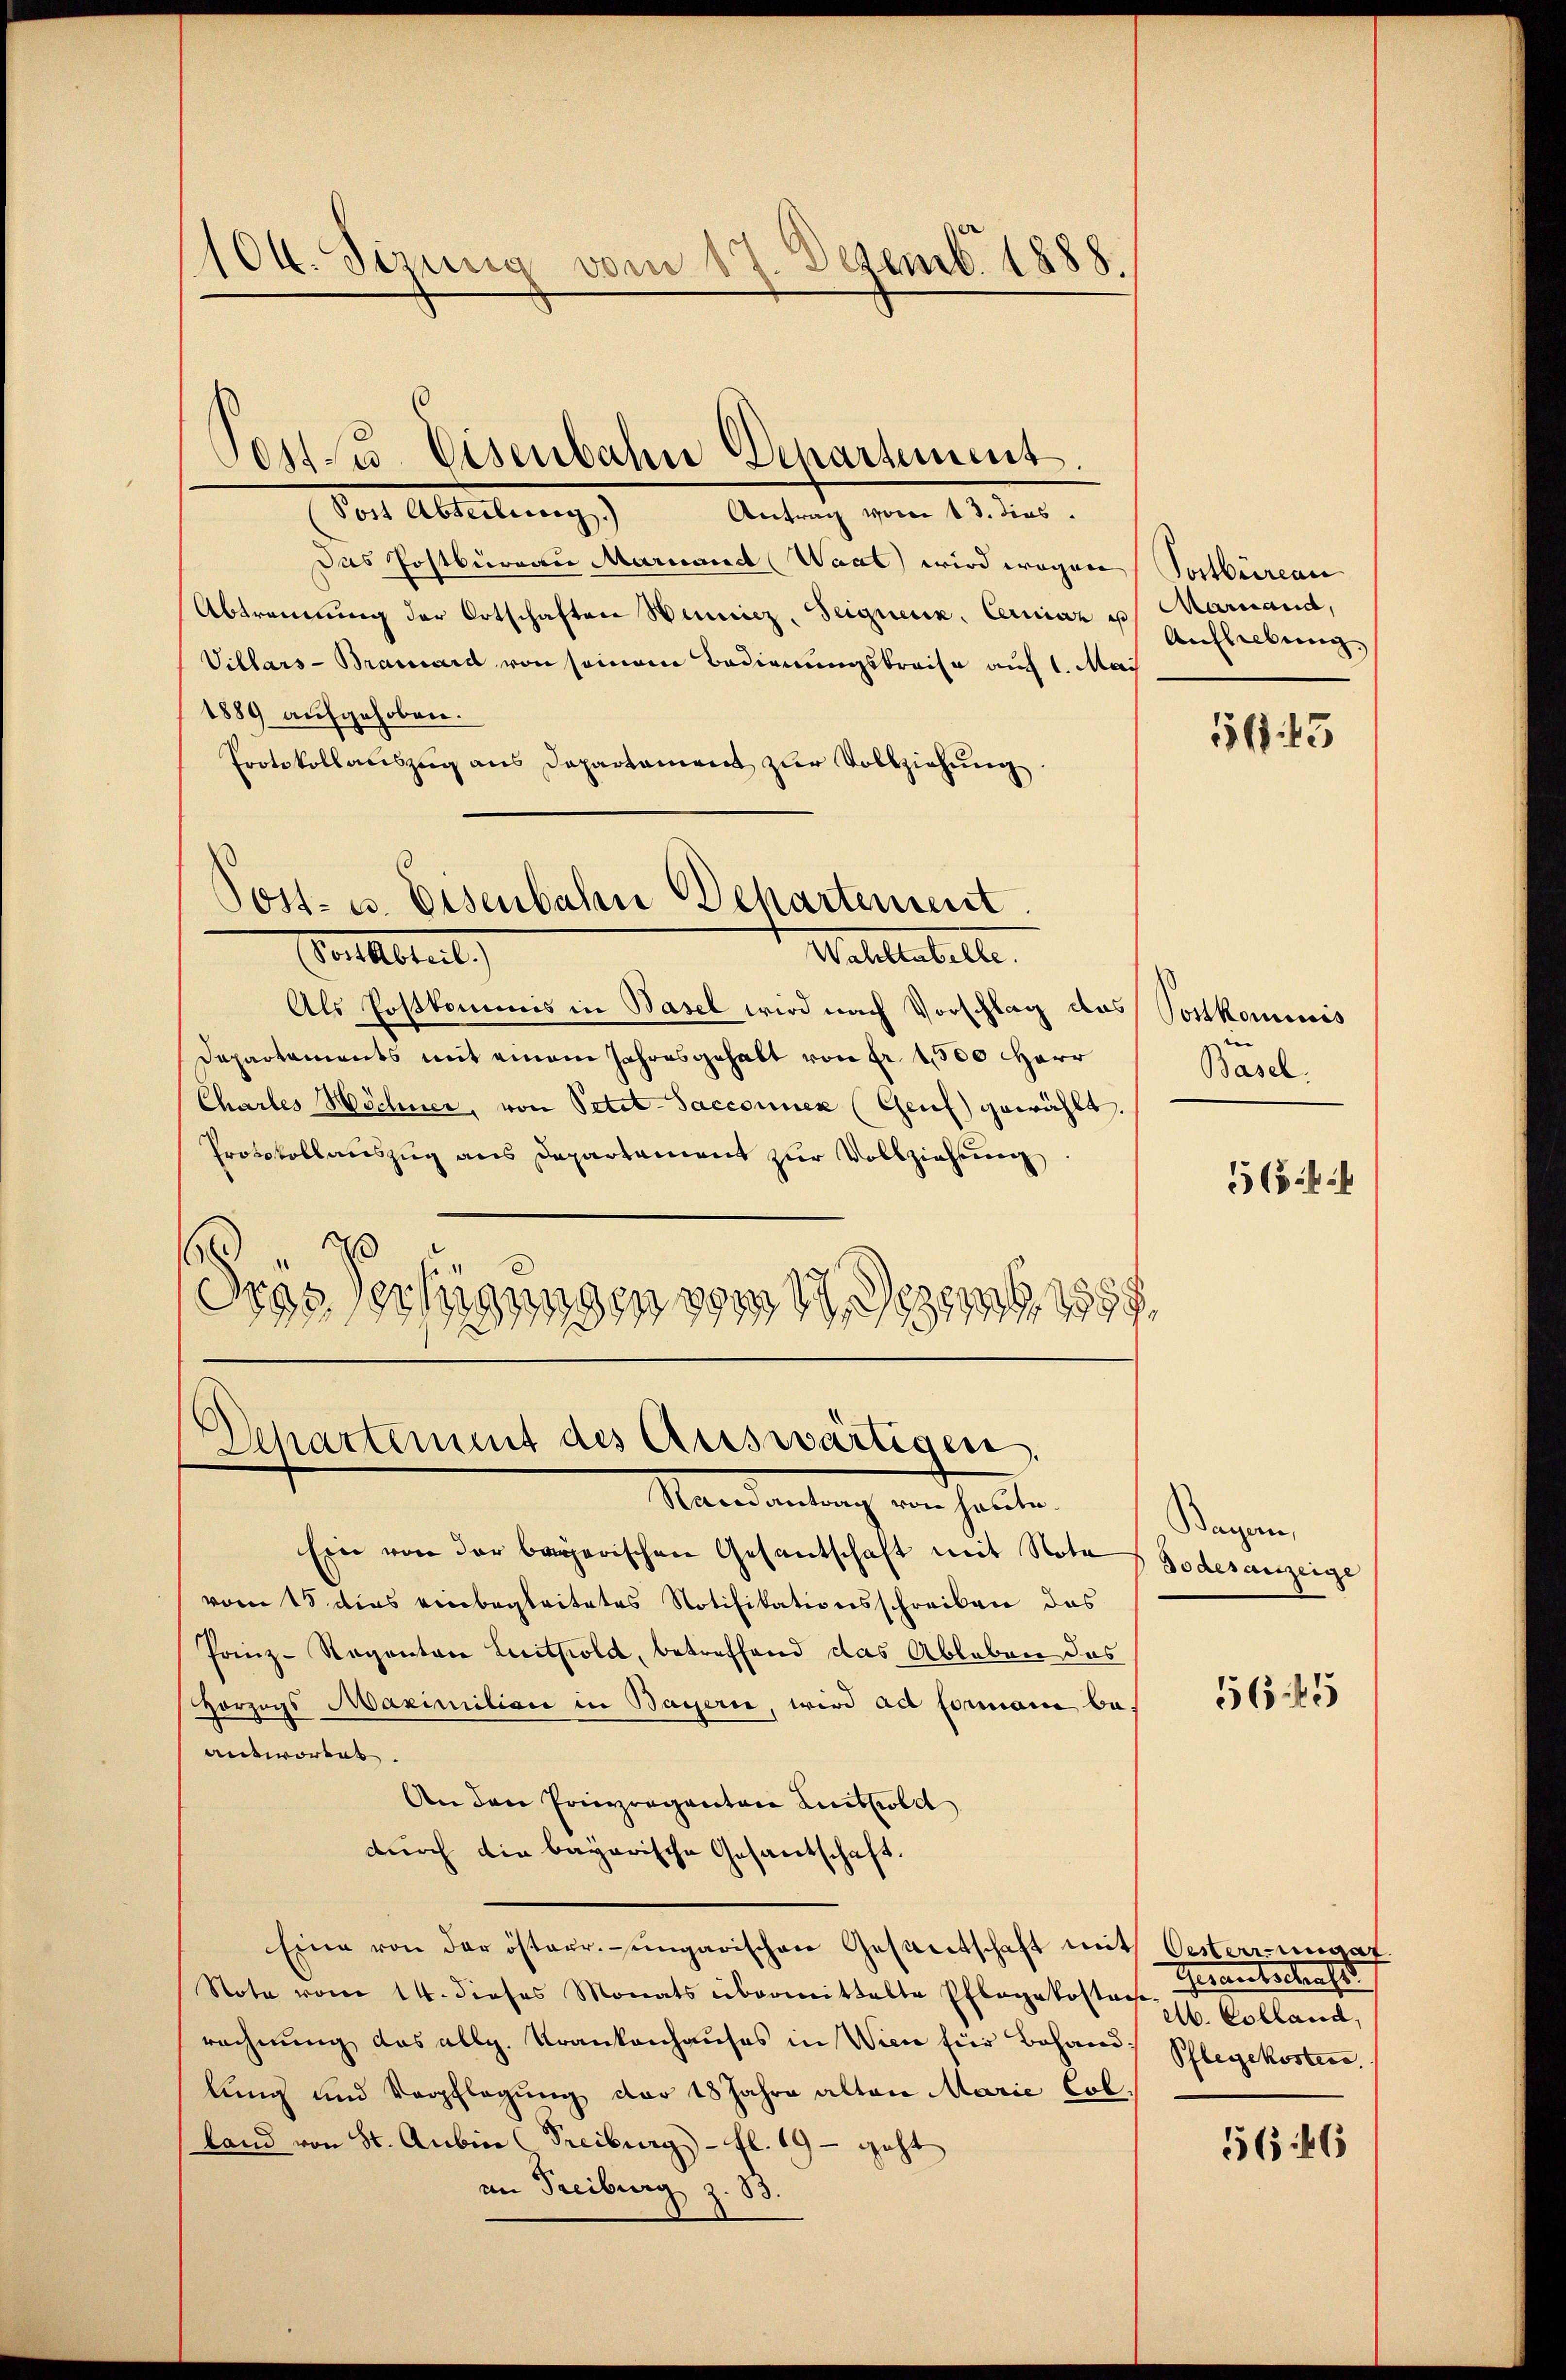
100. Sizung vom 17. Dezemb. 1888.

1031 u. Eisenbahn Departement.

Post Abterbeweg
Antrag vom 13. dies
Das Postbüreau Marinedt (Waat wird wegen
Abtrennung der Ortschaften Hennicz, Seigneux. Cerniaz u. Mariand,
Villars-Braward von seinem Bedienungskreise auf 1. Mai
1889 aufgehoben.
Protokollauszug aus Departament zur Vollziehung.

Post- u. Eisenbahn Departement.
Waltestelle.

attleut
Als Postkommis in Basel wird nach Vorschlag das Postkominis
Departaments mit einem Jahresgehalt von Fr. 1500 HHerr
Chartes Höchner, von Petit-Sacconnen (Genf gewählt.
Protokollauszug aus Departament zur Vollziehung
8
drassertigungen vom 1. Dezemb. 1857

Ein von der bayerischen Gesandtschaft mit Note Todesanzeige
vom 15 dies einbegleitetes Notifikationsschreiben das
Prinz-Regenten Leithold, betreffend das Ableben das
Horzugs Maximilian in Bayern, wird ad Formani be-
antwortet.
An den Priraganten Antsold
durch die bayerische Gesantschaft.
Eine von der österr.-ungarischen Gesandtschaft mit Oesterrunget
Note vom 14. dieses Monats übermittelte Pflegekosten Colland,
rechnung das allg. Krankenhauses in Wien für Behand Schlegekosten
lung und Verpflegung der 18 Jahre alten Marie Colland von St. Anbier (Freiburg - fl. 19 - geht
in Treiburg z. B.

Departement des Auswärtigen.
Randantrag von heute.

Postbüreau
Aufhebung.

556. 13

Basel.
56

Baren,
56:15

Herantestehe
56:46